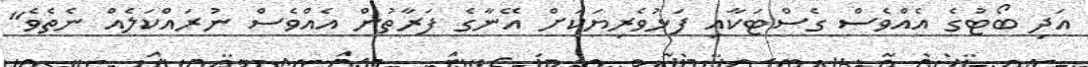
އަދި ބޯޓުގެ އެއްވެސް ގެސްޓަކާއި ފަޅުވެރިޔަކަށް އޭނާގެ ފަރާތުން އެއްވެސް ނުރައްކަލެއް ނެތެވެ"